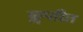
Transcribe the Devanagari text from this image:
कॢप्तीत